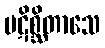
ပဋိစ္ဆိတာသေ